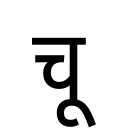
OCR:
चू